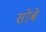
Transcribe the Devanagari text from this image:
सोबे